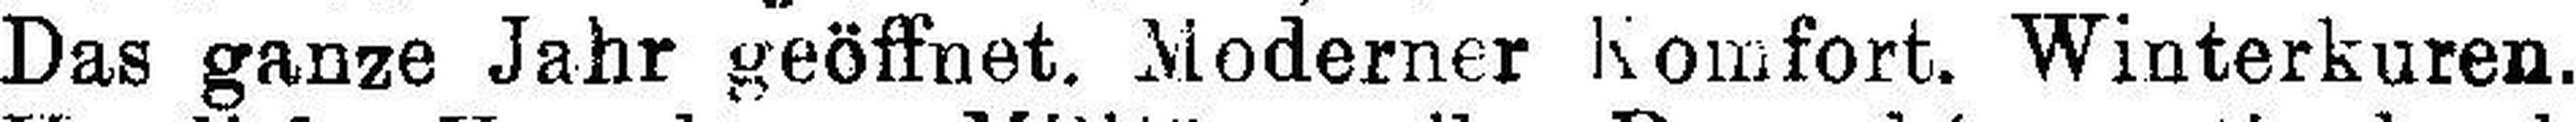
Das ganze Jahr geöffnet. Moderner Komfort. Winterkuren.